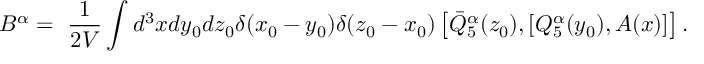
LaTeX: B ^ { \alpha } = \ \frac { 1 } { 2 V } \int d ^ { 3 } x d y _ { 0 } d z _ { 0 } \delta ( x _ { 0 } - y _ { 0 } ) \delta ( z _ { 0 } - x _ { 0 } ) \left[ \bar { Q } _ { 5 } ^ { \alpha } ( z _ { 0 } ) , [ Q _ { 5 } ^ { \alpha } ( y _ { 0 } ) , A ( x ) ] \right] .